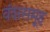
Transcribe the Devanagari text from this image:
वंशसमूह